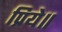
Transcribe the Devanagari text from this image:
प्रिये॥